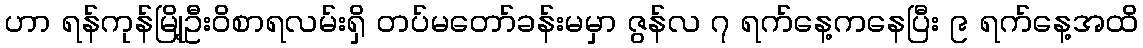
ဟာ ရန်ကုန်မြို့ဦးဝိစာရလမ်းရှိ တပ်မတော်ခန်းမမှာ ဇွန်လ ၇ ရက်နေ့ကနေပြီး ၉ ရက်နေ့အထိ